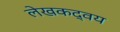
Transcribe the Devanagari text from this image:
लेखकद्वय